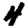
Digit: 4